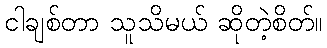
ငါချစ်တာ သူသိမယ် ဆိုတဲ့စိတ်။